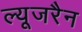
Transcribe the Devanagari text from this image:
ल्यूजरैन